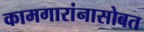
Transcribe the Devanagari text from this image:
कामगारांनासोबत